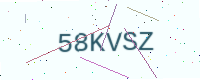
Text: 58KVSZ